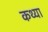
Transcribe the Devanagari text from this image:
कथ्या